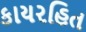
કાયરહિત